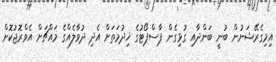
އިމިގެރޭޝަނުން ބުނީ ބަންދާއި ގުޅިގެން ޕާސްޕޯޓުގެ ޚިދުމަތަށް އެދި ދުވާލެއްގެ މައްޗަށް އެވްރޮޖުކޮށް